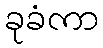
ခုခံကာ